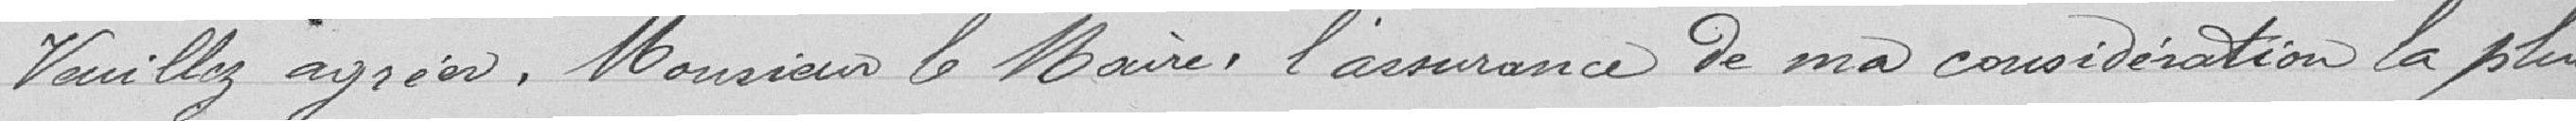
Veuillez agréer, Monsieur le Maire, l'assurance de ma considération la plus